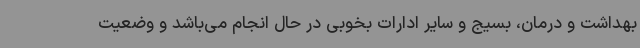
بهداشت و درمان، بسیج و سایر ادارات بخوبی در حال انجام می‌باشد و وضعیت